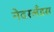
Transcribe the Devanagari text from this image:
नेदरलँडस